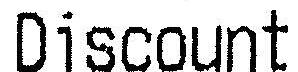
DISCOUNT